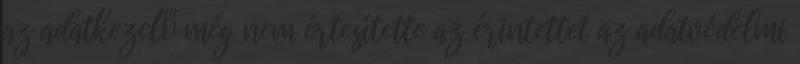
az adatkezelő még nem értesítette az érintettet az adatvédelmi